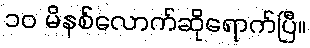
၁၀ မိနစ်လောက်ဆိုရောက်ပြီ။